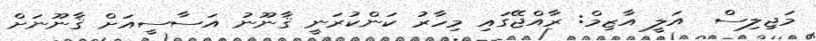
މަޖިލިސް  އަލީ އާޒިމް: ރާއްޖޭގައި މިހާރު ކަންކުރަނީ ޤާނޫނު އަސާސީއަށް ޤާނޫނަށް